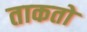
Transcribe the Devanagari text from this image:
ताकतो